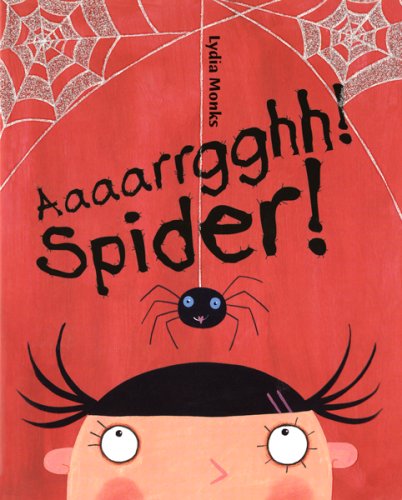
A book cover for Aaaarrgghh! Spider!; Lydia Monks; Children's Books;